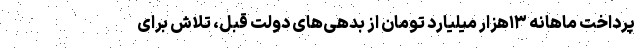
پرداخت ماهانه ۱۳هزار میلیارد تومان از بدهی‌های دولت قبل، تلاش برای